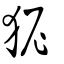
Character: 狔